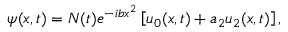
\psi ( x , t ) = { \cal N } ( t ) e ^ { - i b x ^ { 2 } } \left[ u _ { 0 } ( x , t ) + a _ { 2 } u _ { 2 } ( x , t ) \right] ,